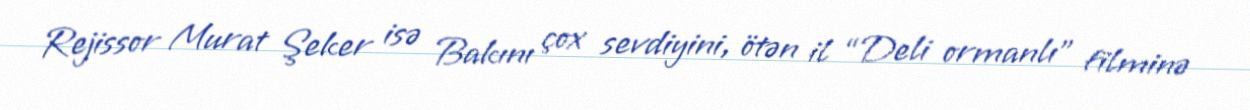
Rejissor Murat Şeker isə Bakını çox sevdiyini, ötən il “Deli ormanlı” filminə